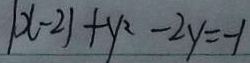
\vert x - 2 \vert + y ^ { 2 } - 2 y = - 1